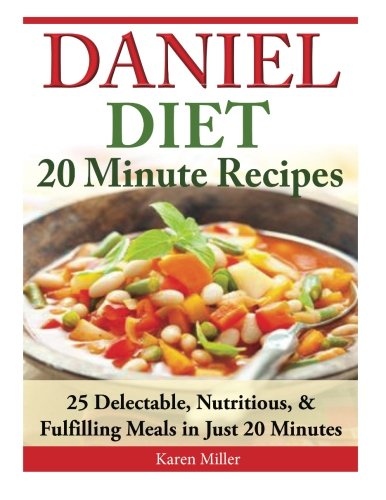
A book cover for Daniel Diet: 20 Minute Recipes - 25 Delectable, Nutritious, & Fulfilling Meals i Just 20 Minutes; Karen Miller; Health, Fitness & Dieting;